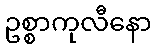
ဥစ္စာကုလီနော